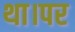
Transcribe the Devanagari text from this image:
था।पर